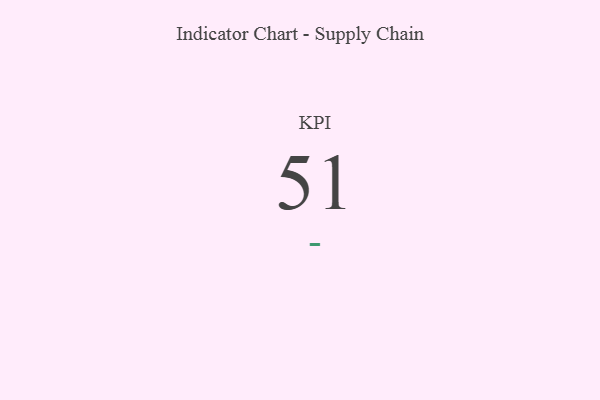
{"axis": {"x": "KPI", "y": "Value"}, "legend": [""], "data": [{"x": "KPI", "y": 51, "type": ""}]}